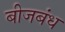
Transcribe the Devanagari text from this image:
बीजबंध